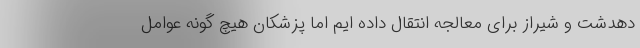
دهدشت و شیراز برای معالجه انتقال داده ایم اما پزشکان هیچ گونه عوامل